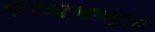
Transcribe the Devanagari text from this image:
काव्यमण्डल